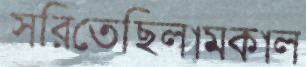
সরিতেছিলামকাল